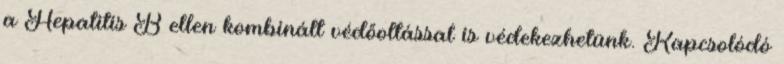
a Hepatitis B ellen kombinált védőoltással is védekezhetünk. Kapcsolódó